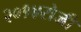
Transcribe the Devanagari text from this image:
२०१४रोजी